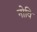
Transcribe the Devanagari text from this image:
नोवि